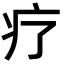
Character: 疗